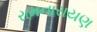
રામનારાયણ